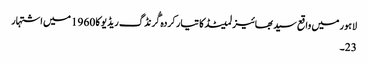
لاہور میں واقع سید بھائیز لمیٹڈ کا تیار کردہ گُرنڈگ ریڈیو کا 1960 میں اشتہار
23۔